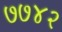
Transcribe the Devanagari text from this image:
७७४२